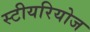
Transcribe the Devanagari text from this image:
स्टीयरियोज